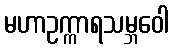
မဟာဥက္ကာရသမ္ဘဝေါ